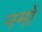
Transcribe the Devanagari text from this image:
नमों